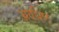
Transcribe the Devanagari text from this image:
अवश्ष्टि